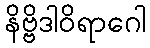
နိဗ္ဗိဒါဝိရာဂေါ